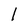
Character: l